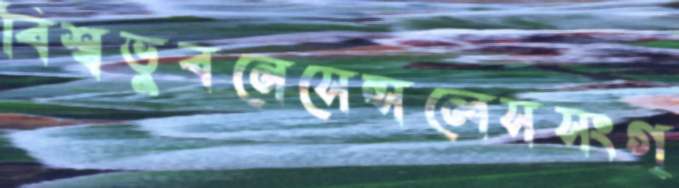
বিশ্বভুবনেসেন্সলেসসংগ্